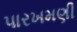
પારખમણી